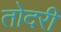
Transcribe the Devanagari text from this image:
तोदरी